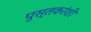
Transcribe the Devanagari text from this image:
पुस्तकांशी